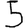
Digit: 5